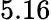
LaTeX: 5.16